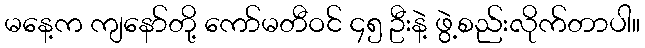
မနေ့က ကျနော်တို့ ကော်မတီဝင် ၄၅ ဦးနဲ့ ဖွဲ့စည်းလိုက်တာပါ။